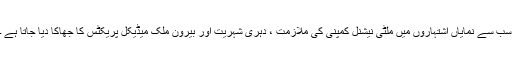
سب سے نمایاں اشتہاروں میں ملٹی نیشنل کمپنی کی ملازمت ، دہری شہریت اور بیرون ملک میڈیکل پریکٹس کا جھاکا دیا جاتا ہے ۔